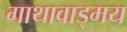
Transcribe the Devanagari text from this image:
गाथावाड्मय